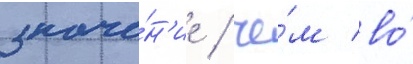
значе́н'ие / че́м во́